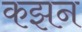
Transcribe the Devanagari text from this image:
कझन